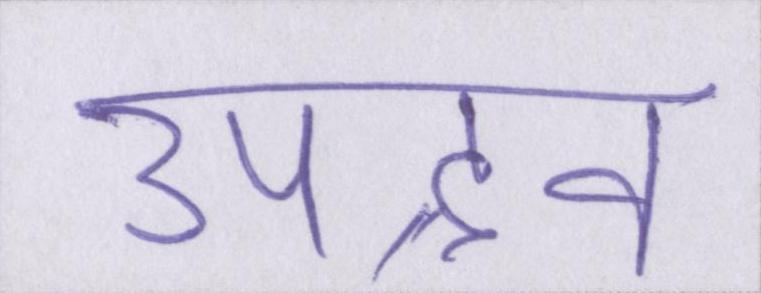
उपद्रव